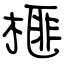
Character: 榧